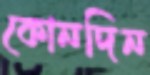
কোনদিন